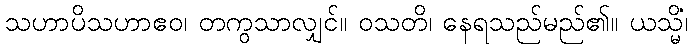
သဟာပိသဟာဧဝ၊ တကွသာလျှင်။ ဝသတိ၊ နေရသည်မည်၏။ ယသ္မိံ၊